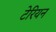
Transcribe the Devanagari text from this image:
टेरियन